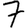
Digit: 7